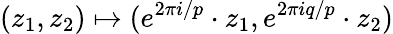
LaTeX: (z_{1},z_{2})\mapsto(e^{2\pi i/p}\cdot z_{1},e^{2\pi iq/p}\cdot z_{2})